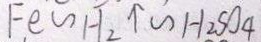
F e \sim H _ { 2 } \uparrow \sim H _ { 2 } S O _ { 4 }